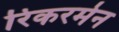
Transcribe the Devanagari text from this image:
रिकरमेन